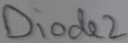
Text: Diode2